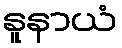
နူနာယံ